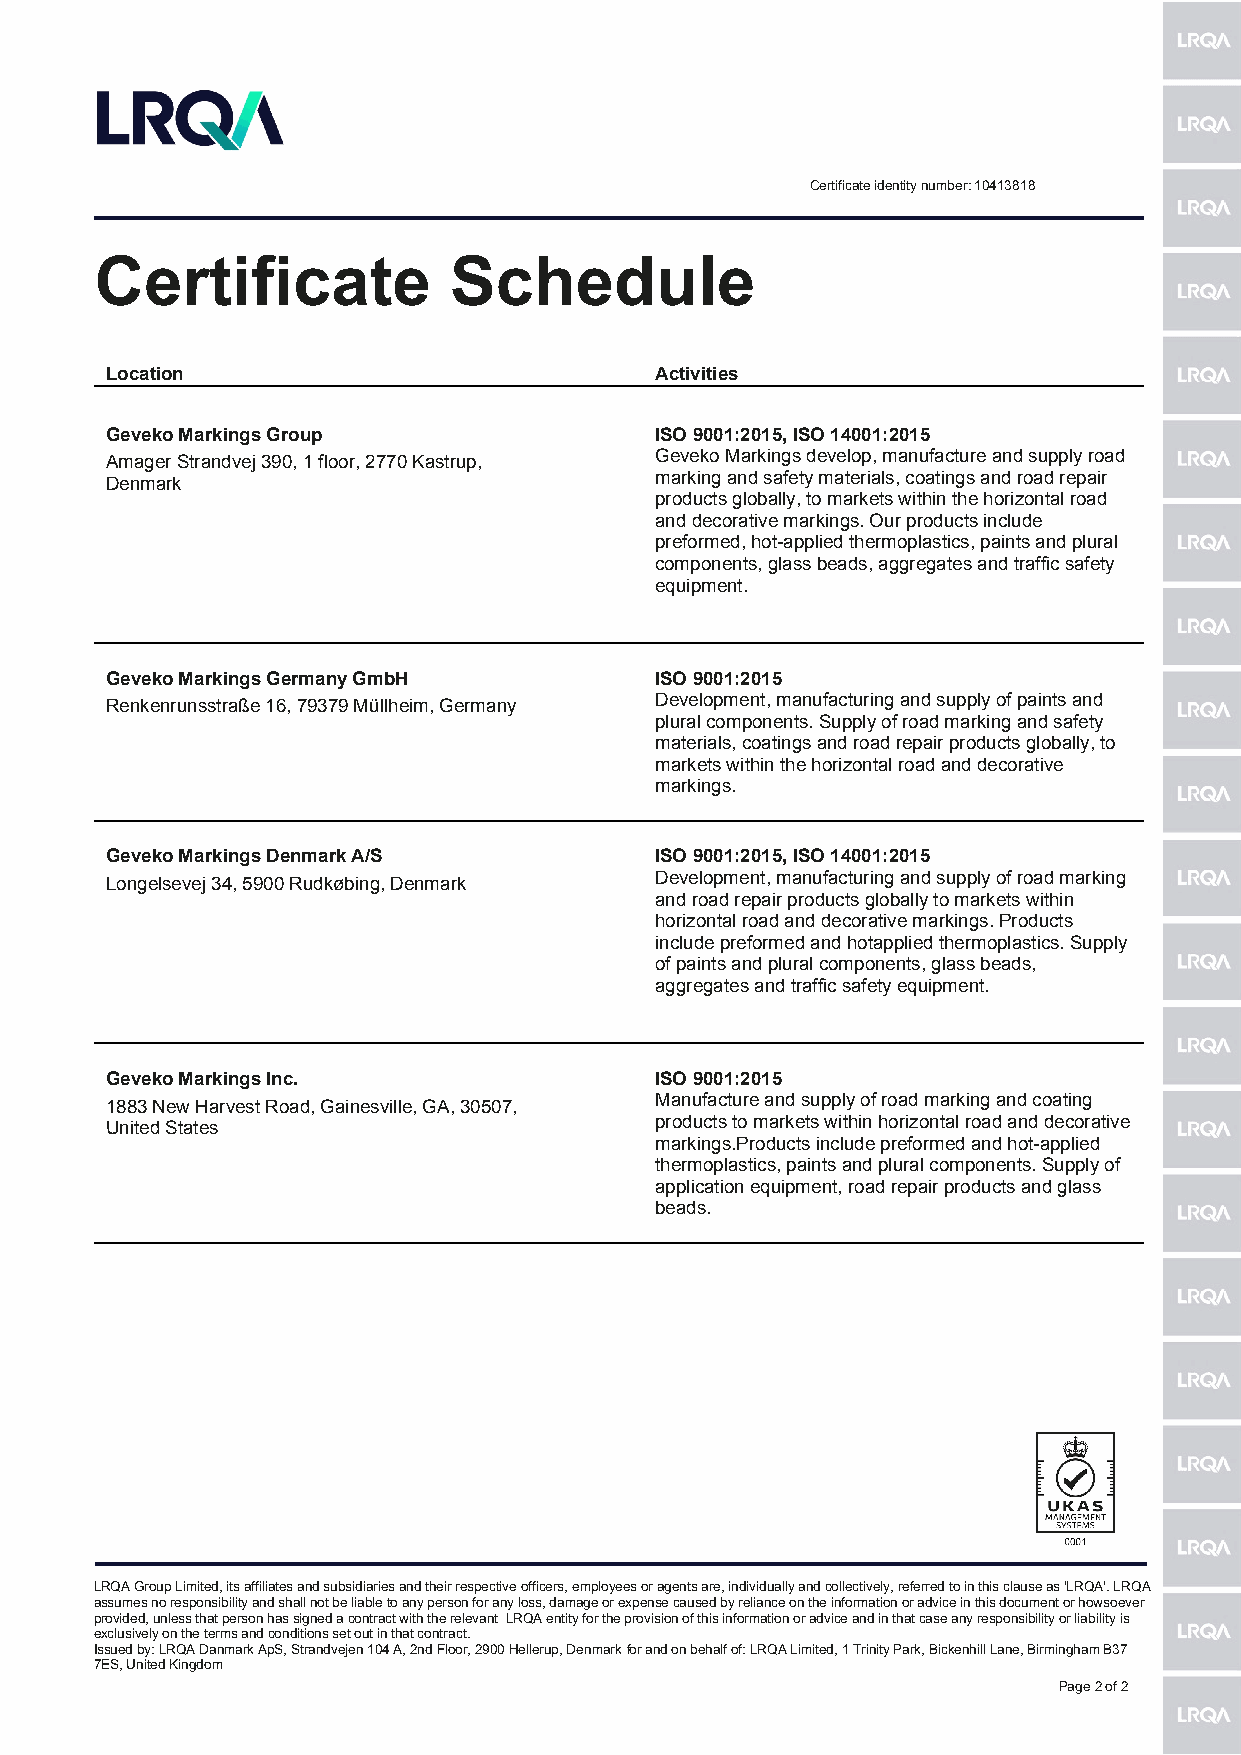
Certificate identity number: 10413818
 Certificate             Schedule
 Location                            Activities
 Geveko Markings Group               ISO 9001:2015, ISO 14001:2015
 Amager Strandvej 390, 1 floor, 2770 Kastrup, Geveko Markings develop, manufacture and supply road
 Denmark                             marking and safety materials, coatings and road repair
 products globally, to markets within the horizontal road
 and decorative markings. Our products include
 preformed, hot-applied thermoplastics, paints and plural
 components, glass beads, aggregates and traffic safety
 equipment.
 Geveko Markings Germany GmbH        ISO 9001:2015
 Renkenrunsstraße 16, 79379 Müllheim, Germany Development, manufacturing and supply of paints and
 plural components. Supply of road marking and safety
 materials, coatings and road repair products globally, to
 markets within the horizontal road and decorative
 markings.
 Geveko Markings Denmark A/S         ISO 9001:2015, ISO 14001:2015
 Longelsevej 34, 5900 Rudkøbing, Denmark Development, manufacturing and supply of road marking
 and road repair products globally to markets within
 horizontal road and decorative markings. Products
 include preformed and hotapplied thermoplastics. Supply
 of paints and plural components, glass beads,
 aggregates and traffic safety equipment.
 Geveko Markings Inc.                ISO 9001:2015
 1883 New Harvest Road, Gainesville, GA, 30507, Manufacture and supply of road marking and coating
 United States                       products to markets within horizontal road and decorative
 markings.Products include preformed and hot-applied
 thermoplastics, paints and plural components. Supply of
 application equipment, road repair products and glass
 beads.
 LRQA Group Limited, its affiliates and subsidiaries and their respective officers, employees or agents are, individually and collectively, referred to in this clause as 'LRQA'. LRQA
 assumes no responsibility and shall not be liable to any person for any loss, damage or expense caused by reliance on the information or advice in this document or howsoever
 provided, unless that person has signed a contract with the relevant LRQA entity for the provision of this information or advice and in that case any responsibility or liability is
 exclusively on the terms and conditions set out in that contract.
 Issued by: LRQA Danmark ApS, Strandvejen 104 A, 2nd Floor, 2900 Hellerup, Denmark for and on behalf of: LRQA Limited, 1 Trinity Park, Bickenhill Lane, Birmingham B37
 7ES, United Kingdom
 Page 2 of 2